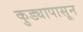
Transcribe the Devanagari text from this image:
कुड्यापासून